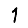
Digit: 1